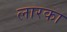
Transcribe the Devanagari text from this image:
लारका